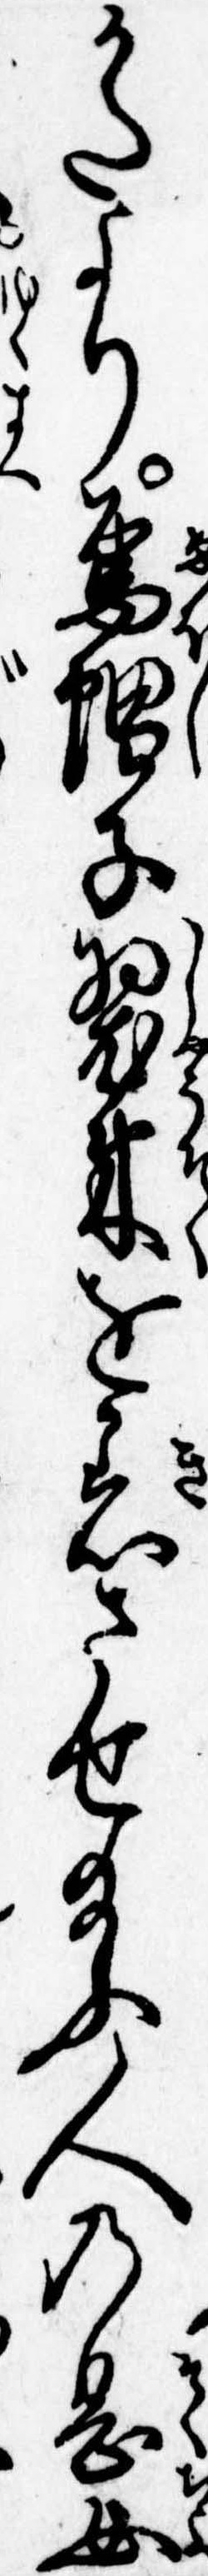
かたより烏帽子装束を着させ給ふ人の息女